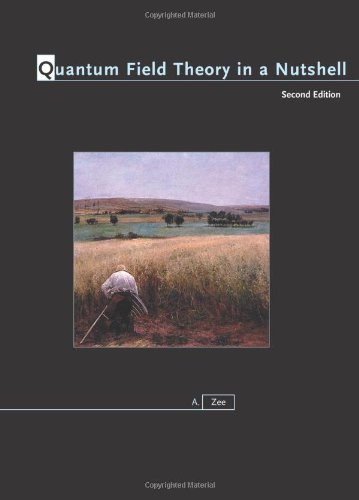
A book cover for Quantum Field Theory in a Nutshell, 2nd Edition (In a nutshell); A. Zee; Science & Math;